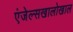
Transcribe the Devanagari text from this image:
एंजेल्सखालोखाल